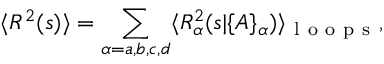
\langle R ^ { 2 } ( s ) \rangle = \sum _ { \alpha = a , b , c , d } \langle { \cal R } _ { \alpha } ^ { 2 } ( s | \{ A \} _ { \alpha } ) \rangle _ { \mathrm { ~ l ~ o ~ o ~ p ~ s ~ } } ,